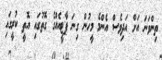
ތިންވަނަ އަށް އަދިވެސް އެންމެ މީހުން ގިނަ ޕާޓީއެއްގެ ގޮތުގައި އޮތީ ކުރީގައި